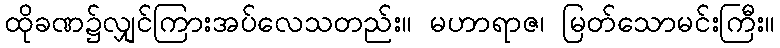
ထိုခဏ၌လျှင်ကြားအပ်လေသတည်း။ မဟာရာဇ၊ မြတ်သောမင်းကြီး။